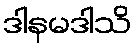
ဒါနမဒါသိ